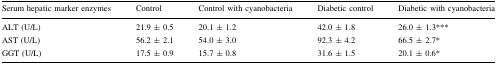
<table><thead><tr><td><b>Serum hepatic marker enzymes</b></td><td><b>Control</b></td><td><b>Control with cyanobacteria</b></td><td><b>Diabetic control</b></td><td><b>Diabetic with cyanobacteria</b></td></tr></thead><tbody><tr><td>ALT (U/L)</td><td>21.9 ± 0.5</td><td>20.1 ± 1.2</td><td>42.0 ± 1.8</td><td>26.0 ± 1.3***</td></tr><tr><td>AST (U/L)</td><td>56.2 ± 2.1</td><td>54.0 ± 3.0</td><td>92.3 ± 4.2</td><td>66.5 ± 2.7*</td></tr><tr><td>GGT (U/L)</td><td>17.5 ± 0.9</td><td>15.7 ± 0.8</td><td>31.6 ± 1.5</td><td>20.1 ± 0.6*</td></tr></tbody></table>